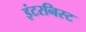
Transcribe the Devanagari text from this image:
इंटरनिस्ट